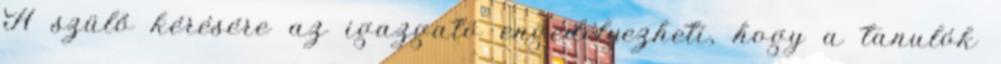
A szülő kérésére az igazgató engedélyezheti, hogy a tanulók